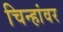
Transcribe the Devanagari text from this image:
चिन्हांवर